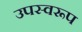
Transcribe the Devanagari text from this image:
उपस्वरूप